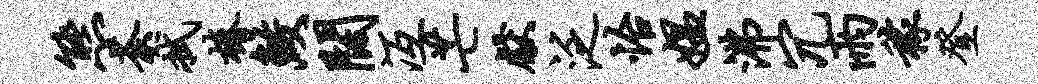
熊荼拭椿鲛阔冱芒献泛怡媪沸冗雨稼登